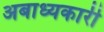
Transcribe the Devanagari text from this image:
अबाध्यकारी